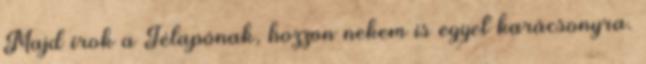
Majd írok a Télapónak, hozzon nekem is egyet karácsonyra.